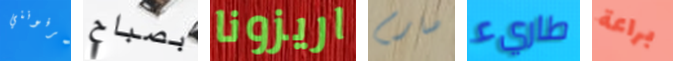
يعرفونني بصباح اريزونا صارم طاريء براعة